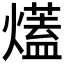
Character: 𤐩